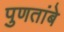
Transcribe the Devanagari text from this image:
पुणतांबे